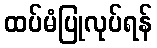
ထပ်မံပြုလုပ်ရန်